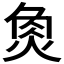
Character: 𤉯